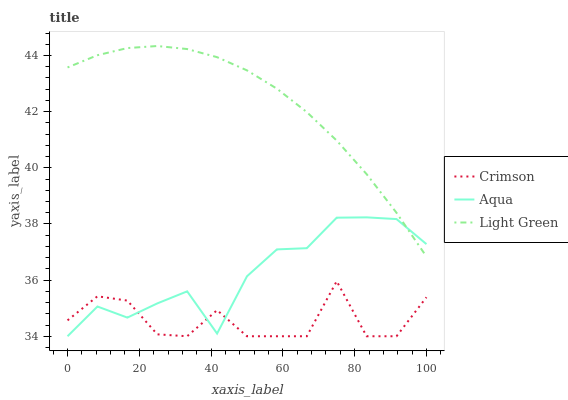
| xaxis_label | Crimson | Aqua | Light Green |
 | --- | --- | --- | --- |
 | 0 | 34.6 | 34 | 43.6 |
 | 8.33 | 35.4 | 35.1 | 44 |
 | 16.7 | 35.3 | 34.7 | 44.3 |
 | 25 | 34.1 | 35.2 | 44.3 |
 | 33.3 | 34 | 35.6 | 44.2 |
 | 41.7 | 34.9 | 34.1 | 43.9 |
 | 50 | 34 | 36.1 | 43.5 |
 | 58.3 | 34 | 37.1 | 42.8 |
 | 66.7 | 34 | 37.1 | 42 |
 | 75 | 36 | 38.2 | 41 |
 | 83.3 | 34 | 38.2 | 39.8 |
 | 91.7 | 34 | 38.2 | 38.4 |
 | 100 | 35.4 | 37.3 | 36.8 |